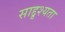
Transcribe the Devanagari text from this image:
साद्दृश्यता